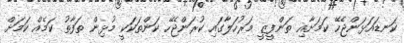
ކަނޑައަޅަންޖެހޭ ކަމަށާއި ތަންފީޒީ މަރުހަލާގައި ކުރަންޖެހޭ ކަންތަކަކީ މުޅިން ތަފާތު ކަމެއް ކަމަށް